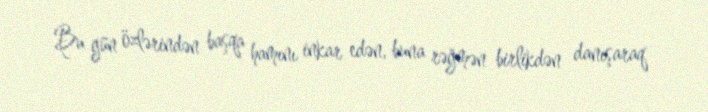
Bu gün özlərindən başqa hamını inkar edən, buna rəğmən birlikdən danışaraq